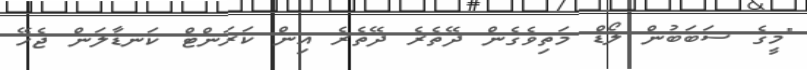
"މީގެ ސަބަބުން ލޯޑް މަތިވެގެން ދޭތެރެ ދޭތެރެ އިން ކަރަންޓް ކަނޑާލަން ޖެހޭ